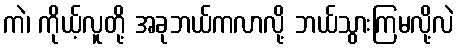
ကဲ၊ ကိုယ့်လူတို့ အခုဘယ်ကလာလို့ ဘယ်သွားကြမလို့လဲ